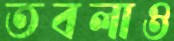
তবলাও